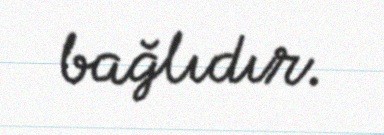
bağlıdır.